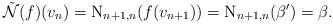
LaTeX: \begin{align*}\Tilde{\mathcal{N}}(f)(v_n)= \operatorname{N}_{n+1,n}(f(v_{n+1}))= \operatorname{N}_{n+1,n}(\beta')=\beta.\end{align*}